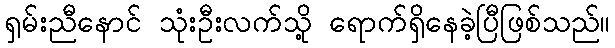
ရှမ်းညီနောင် သုံးဦးလက်သို့ ရောက်ရှိနေခဲ့ပြီဖြစ်သည်။